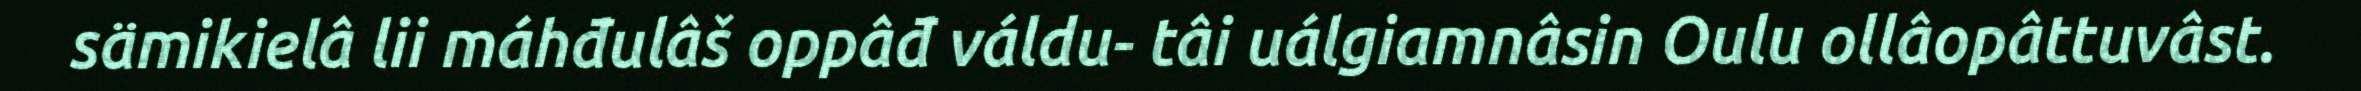
sämikielâ lii máhđulâš oppâđ váldu- tâi uálgiamnâsin Oulu ollâopâttuvâst.